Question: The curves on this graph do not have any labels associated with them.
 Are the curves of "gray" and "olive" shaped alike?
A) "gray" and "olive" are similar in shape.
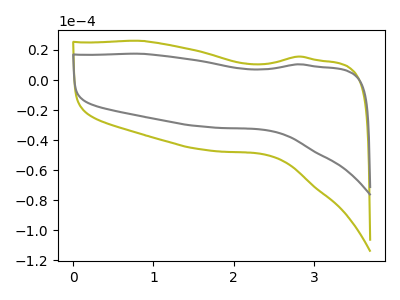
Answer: <think>The olive curve "olive" has no peaks. The gray curve "gray" has no peaks.
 Neither "gray" or "olive" have any peaks.</think>
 <answer>A) "gray" and "olive" are similar in shape.</answer>
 <eval>A</eval>